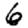
Digit: 6